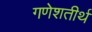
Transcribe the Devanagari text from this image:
गणेशतीर्थ